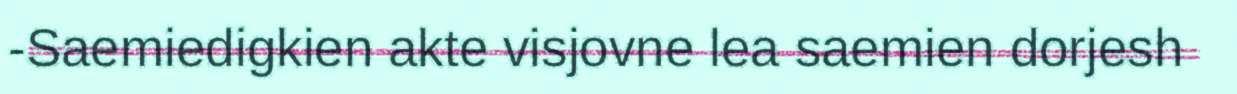
-Saemiedigkien akte visjovne lea saemien dorjesh